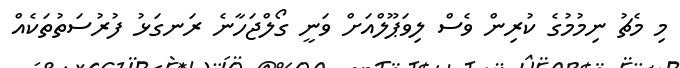
މި މެޗު ނިމުމުގެ ކުރިން ވެސް ލިވަޕޫލްއަށް ވަނީ ގޯލްޖަހާނެ ރަނގަޅު ފުރުސަތުތަކެއް